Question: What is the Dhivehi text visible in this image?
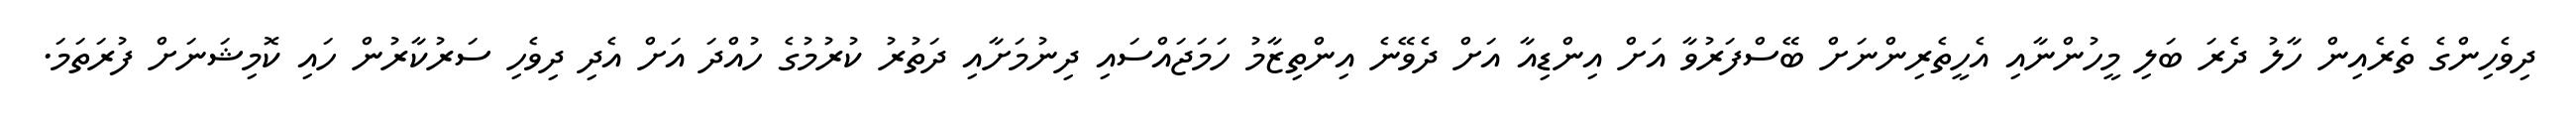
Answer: ދިވެހިންގެ ތެރެއިން ހާލު ދެރަ ބަލި މީހުންނާއި އެހީތެރިންނަށް ބޭސްފަރުވާ އަށް އިންޑިއާ އަށް ދެވޭނެ އިންތިޒާމު ހަމަޖައްސައި ދިނުމަށާއި ދަތުރު ކުރުމުގެ ހުއްދަ އަށް އެދި ދިވެހި ސަރުކާރުން ހައި ކޮމިޝަނަށް ފުރަތަމަ.